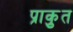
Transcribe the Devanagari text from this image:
प्राकृुत